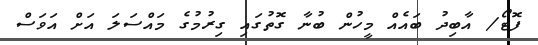
ފޮޓޯ/ އާބިދު ބައެއް މީހުން ބުނާ ގޮތުގައި ގިރުމުގެ މައްސަލަ އަށް އަވަސް